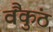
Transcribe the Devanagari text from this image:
वैंकुंठ